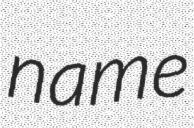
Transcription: name